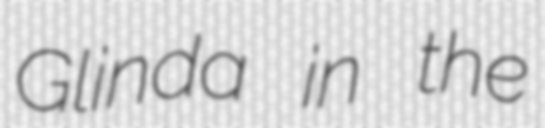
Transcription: Glinda in the